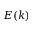
E ( k )